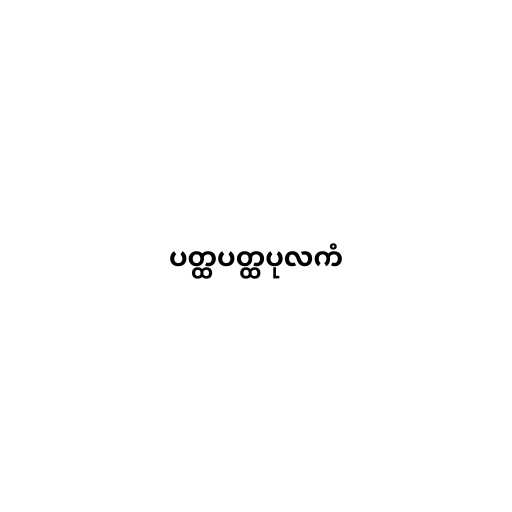
ပတ္ထပတ္ထပုလကံ